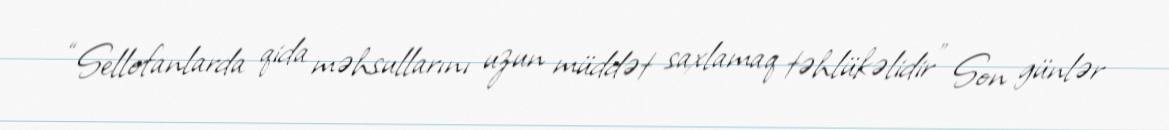
“Sellofanlarda qida məhsullarını uzun müddət saxlamaq təhlükəlidir” Son günlər